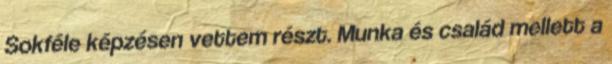
Sokféle képzésen vettem részt. Munka és család mellett a